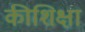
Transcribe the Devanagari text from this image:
कीशिक्षा